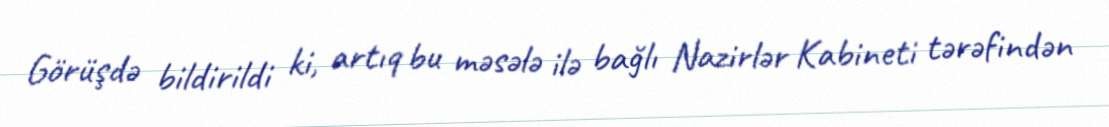
Görüşdə bildirildi ki, artıq bu məsələ ilə bağlı Nazirlər Kabineti tərəfindən